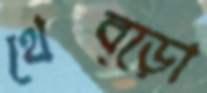
থেব্‌ড়ো